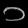
Digit: ၁